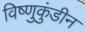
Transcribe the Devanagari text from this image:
विष्णुकुंडीन